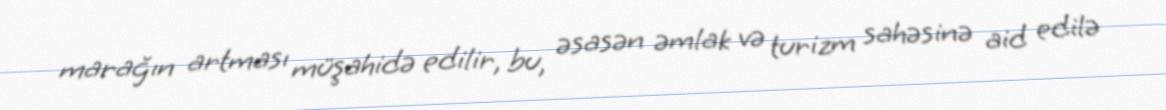
marağın artması müşahidə edilir, bu, əsasən əmlak və turizm sahəsinə aid edilə